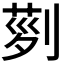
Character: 𠞝